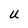
Character: U